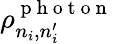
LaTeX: \rho_{n_{i},n_{i}^{\prime}}^{\mathrm{~p~h~o~t~o~n~}}